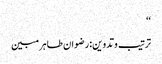
‘‘
ترتیب وتدوین:رضوان طاہر مبین